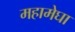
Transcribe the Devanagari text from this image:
महामेघा